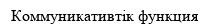
Коммуникативтік функция